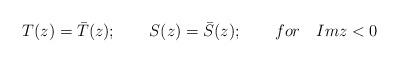
LaTeX: \begin{align*}T(z)=\bar{T}(z);\qquad S(z)=\bar{S}(z);\qquad for\quad Imz<0 \end{align*}